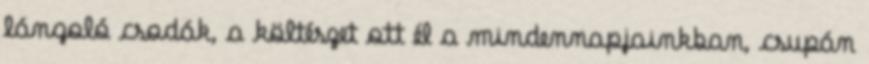
lángoló csodák, a költészet ott él a mindennapjainkban, csupán